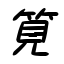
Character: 筧